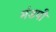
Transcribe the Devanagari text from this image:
मंडपो